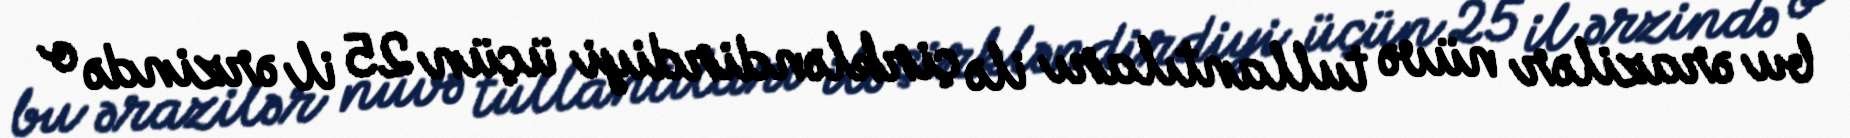
bu ərazilər nüvə tullantıları ilə çirkləndirdiyi üçün 25 il ərzində o